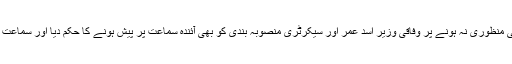
سپریم کورٹ نے ایم ایل ون کی منظوری نہ ہونے پر وفاقی وزیر اسد عمر اور سیکرٹری منصوبہ بندی کو بھی آئندہ سماعت پر پیش ہونے کا حکم دیا اور سماعت بارہ فروری تک ملتوی کردی۔